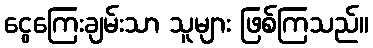
ငွေကြေးချမ်းသာ သူများ ဖြစ်ကြသည်။